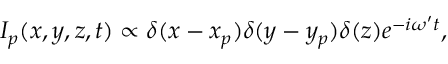
I _ { p } ( x , y , z , t ) \propto \delta ( x - x _ { p } ) \delta ( y - y _ { p } ) \delta ( z ) e ^ { - i \omega { ' } t } ,